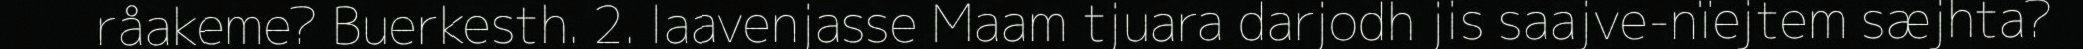
råakeme? Buerkesth. 2. laavenjasse Maam tjuara darjodh jis saajve-nïejtem sæjhta?